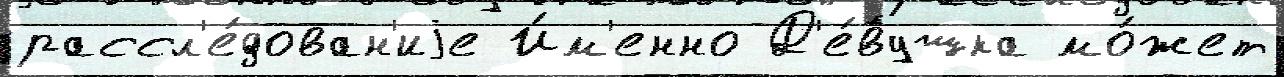
рассл'е́дован'иjе И́м'енно Д'е́вушка мо́жет